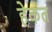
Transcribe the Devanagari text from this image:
हेकत